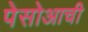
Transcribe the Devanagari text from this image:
पेसोआची